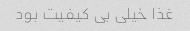
غذا خیلی بی کیفیت بود